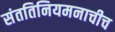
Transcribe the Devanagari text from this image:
संततिनियमनाचीच